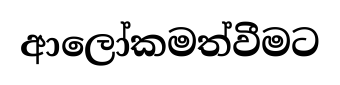
ආලෝකමත්වීමට